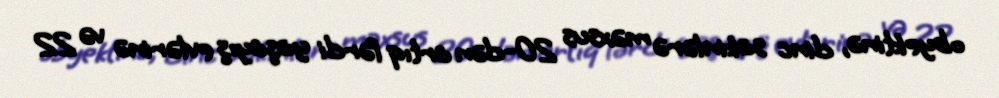
obyektinə, dinc sakinlərə məxsus 20-dən artıq fərdi yaşayış evlərinə və 22